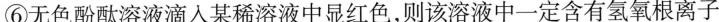
⑥无色酚酞溶液滴入某稀溶液中显红色，则该溶液中一定含有氢氧根离子